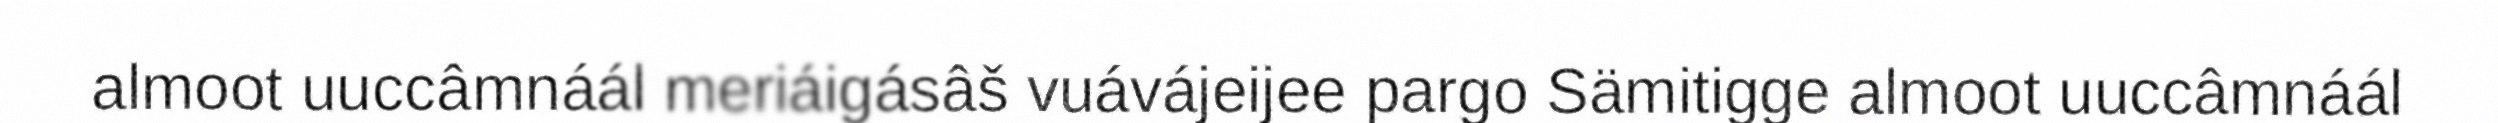
almoot uuccâmnáál meriáigásâš vuávájeijee pargo Sämitigge almoot uuccâmnáál